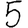
Digit: 5